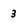
Character: 3